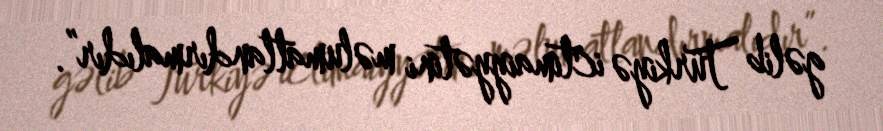
gəlib Türkiyə ictimaiyyətini məlumatlandırmalıdır”.